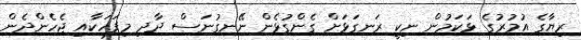
ރިޔާގެ އުމުރުގެ ޅަކަމުން ނިކީ ރަނގަޅަށް ގެންގުޅެން ނޭނގުނަސް ދާދި މިފަހަކާއި ޖެހެންދެން